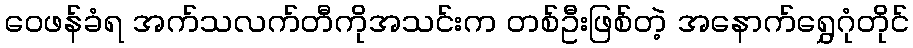
ဝေဖန်ခံရ အက်သလက်တီကိုအသင်းက တစ်ဦးဖြစ်တဲ့ အနောက်ရွှေဂုံတိုင်